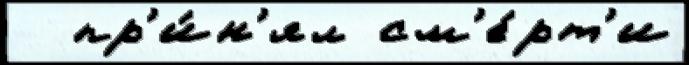
  пр'и́н'ял см'е́рт'и